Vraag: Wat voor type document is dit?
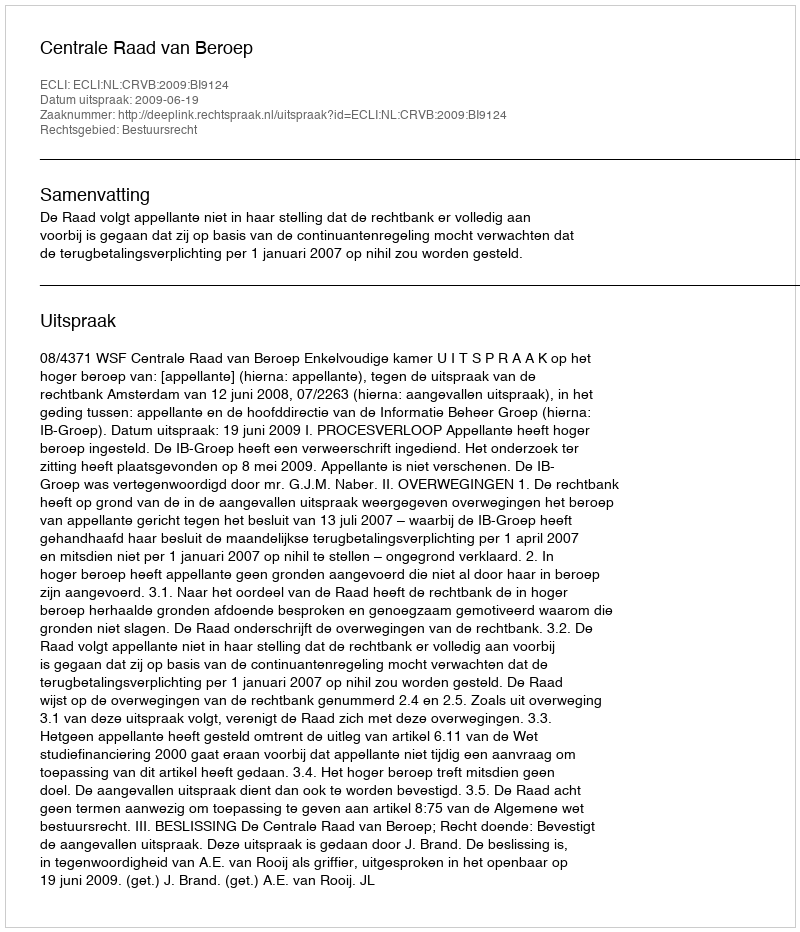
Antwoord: Uitspraak